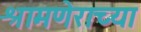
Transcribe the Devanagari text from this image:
श्रामणेराच्या